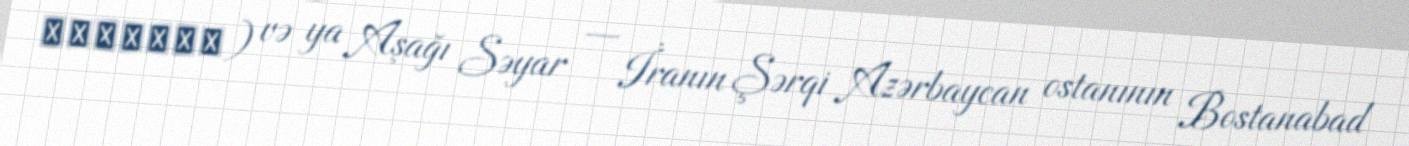
سيرسفلي) və ya Aşağı Səyar — İranın Şərqi Azərbaycan ostanının Bostanabad